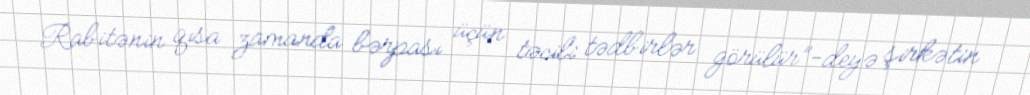
Rabitənin qısa zamanda bərpası üçün təcili tədbirlər görülür”-deyə şirkətin